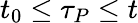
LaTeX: t_{0}\leq\tau_{P}\leq t